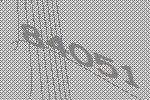
84051